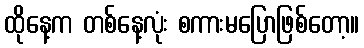
ထိုနေ့က တစ်နေ့လုံး စကားမပြောဖြစ်တော့။